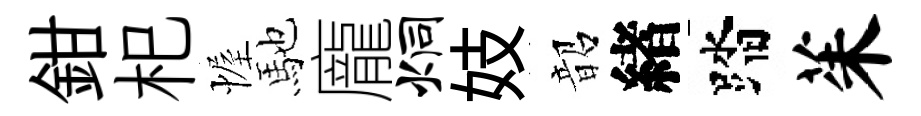
鉗𣏌幄馳龐炯妓韶緖踏茱